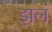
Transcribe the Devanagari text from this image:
झलं